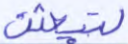
لتبعثن